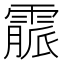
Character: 霢